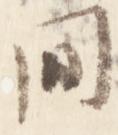
間